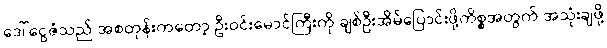
ဒေါ်ငွေဇံသည် အစတုန်းကတော့ ဦးဝင်းမောင်ကြီးကို ချစ်ဦးအိမ်ပြောင်းဖို့ကိစ္စအတွက် အသုံးချဖို့